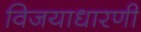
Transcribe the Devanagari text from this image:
विजयाधारणी